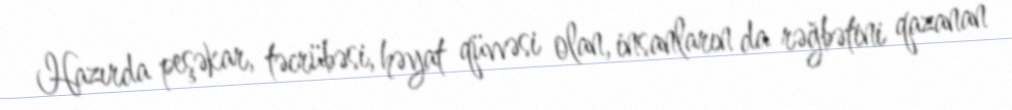
Hazırda peşəkar, təcrübəsi, həyat qüvvəsi olan, insanların da rəğbətini qazanan